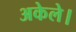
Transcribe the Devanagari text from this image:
अकेले।